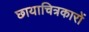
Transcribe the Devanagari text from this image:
छायाचित्रकारों